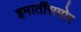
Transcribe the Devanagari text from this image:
इमार्तीसमोर